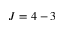
J = 4 - 3